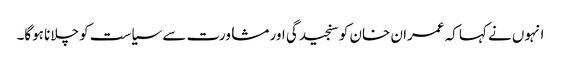
انہوں نے کہا کہ عمران خان کو سنجیدگی اور مشاورت سے سیاست کو چلانا ہوگا۔